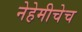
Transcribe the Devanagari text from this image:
नेहेमीचेच